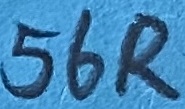
Text: 56R